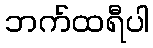
ဘက်ထရီပါ